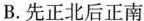
B.先正北后正南